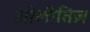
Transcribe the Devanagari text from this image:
ओलीतिज़